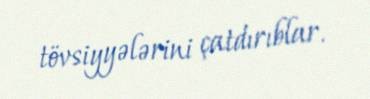
tövsiyyələrini çatdırıblar.